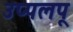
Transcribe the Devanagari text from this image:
उप्पलपू